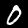
Digit: 0